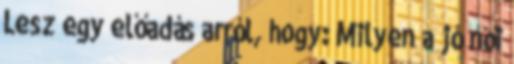
Lesz egy előadás arról, hogy: Milyen a jó női